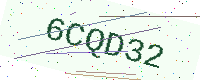
Text: 6CQD32